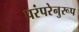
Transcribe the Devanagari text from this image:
परंपरेनुरूप